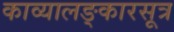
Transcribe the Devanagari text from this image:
काव्यालङ्कारसूत्र